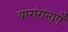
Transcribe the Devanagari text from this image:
वारांगनाएँ